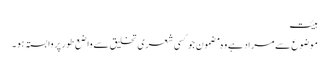
ہیئت
موضوع سے مراد ہے وہ مضمون جو کسی شعری تخلیق سے واضع طور پر وابستہ ہو ۔